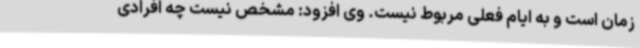
زمان است و به ایام فعلی مربوط نیست. وی افزود: مشخص نیست چه افرادی